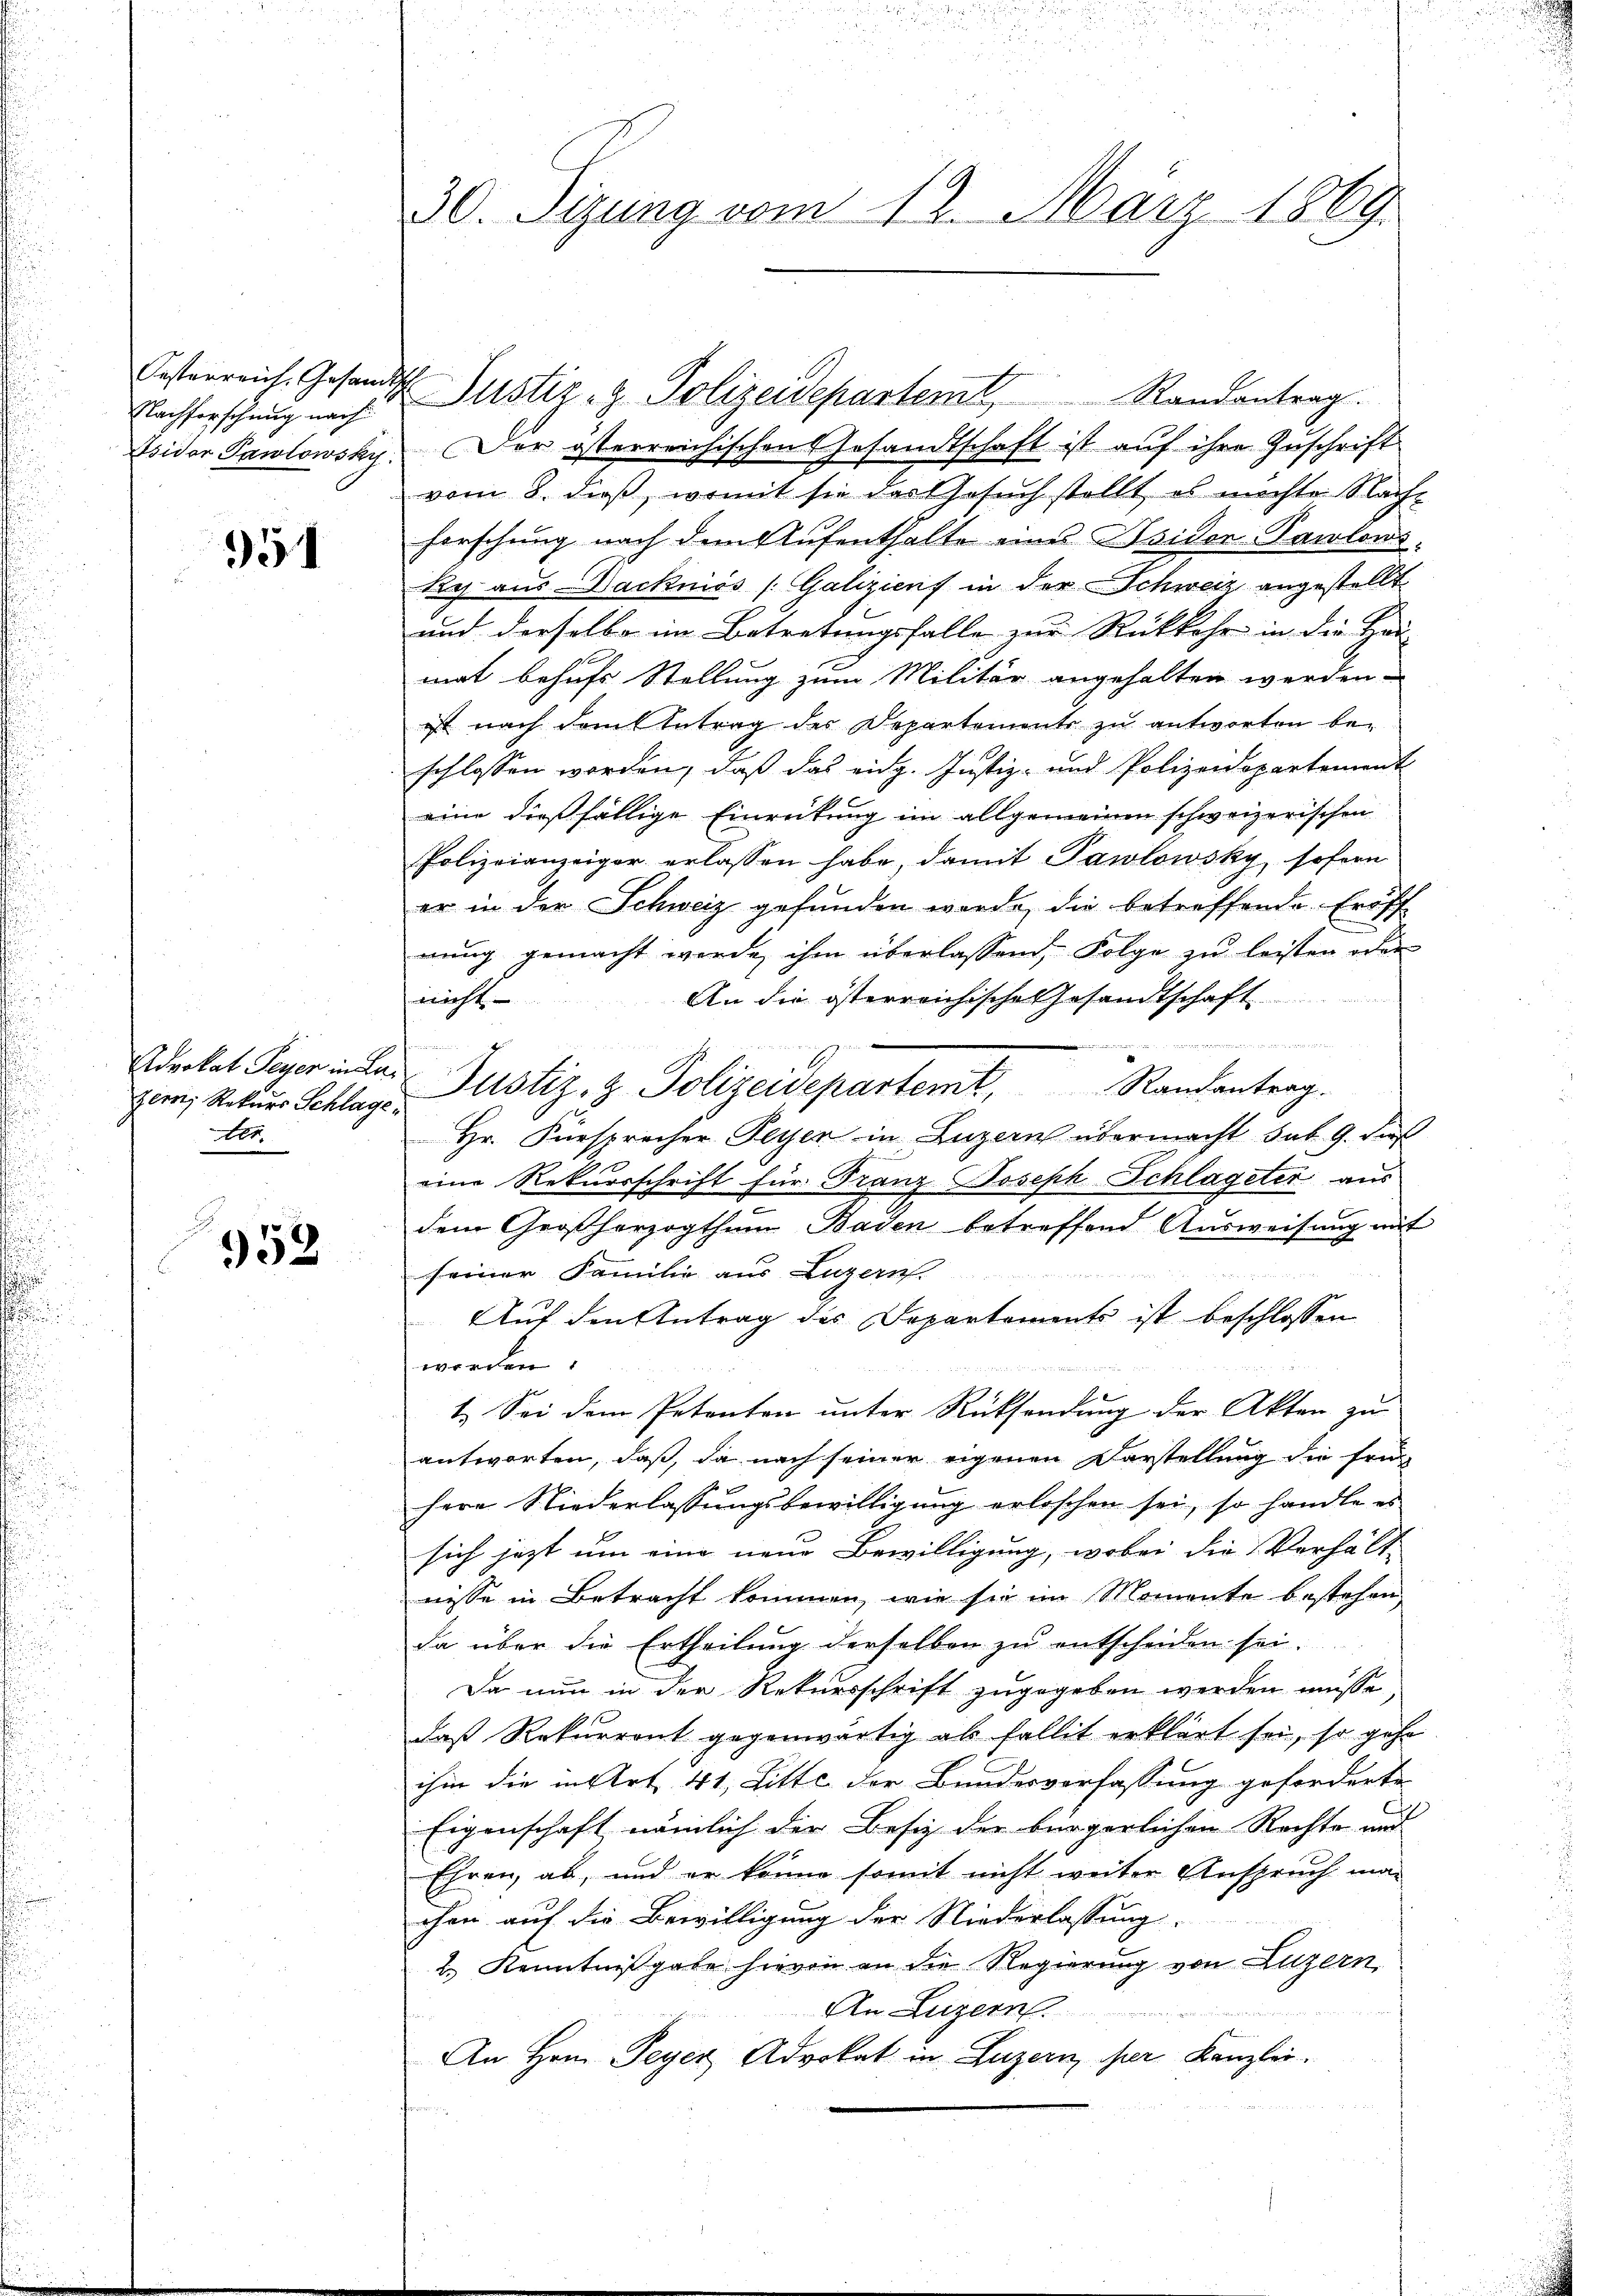
Festerreich, Gesandt
Nachforschung nach

951

zern, Rekurs Schlage
A.

952

30. Sizung vom 12. März 1869.

Asidor Pawlowsky. Der österreichischen Gesandtschaft ist aŭf ihre Zuschrift
vom 8. dieß, womit sie der Gesuch stellt es möchte Nach-
herschung nach dem Aufenthalte eines Isidor Parlons-
Res aus Dackniös (Galiziens in der Schweiz angestellt.
und derselbe im Betretungsfalle zur Rückkehr in die Hau
mat behufs Stellung zum Militär angehalten werden.
ist nach damit Antrag des Departements zu antworten be-
schlossen worden, daß das eidg. Justiz- und Polizeidepartement
eine dießfällige Einreitung im allgemeinen schweizerischen
Polizeianzeiger erlassen habe, damit Pawlowsky, sofern
er in der Schweiz gefunden werde, die betreffende Eröff-
nung gemacht werde, ihm überlassend, Folge zu leisten oder
An die österreichische Gesandtschaft
nicht

meinen eine
1
A
Advokat Peyer in der Justiz- & Polizeidepartemt, Randantrag.
Hr. Fürsprecher Peyer in Luzern übermacht sub 9. dies
n
eine Rekursschrift für Franz Joseph Schlageter aus
dem Großherzogthum Baden betreffend Ausweisung mit
seiner Familie aus Luzern
Auf den Antrag des Departements ist beschlossen
worden.
1. Sei dem Petenten unter Rücksendung der Akten zu
antworten, daß, da nach seiner eigenen Darstellung die früh
herr Niederlassungsbewilligung erloschen sei, so handle es
sich jetzt um eine neue Bewilligung, wobei die Verhält-
nisse in Betracht kommen, wie sie im Momente bestehen,
da über die Ertheilung derselben zu entscheiden sei.
Da nun in der Rekursschrift zugegeben werden müsse
daß Rekurrent gegenwärtig als fallit erklärt sei, so gehe
ihm die in Art. 41, Litte der Bundesverfassung geforderte
Eigenschaft nämlich der Besiz der bürgerlichen Rechte und
Ehren, ab, und er könne somit nicht weiter Anspruch ma-
chen auf die Bewilligung der Niederlassung.
2.) Kenntnißgabe hievon an die Regierung von Luzern,
An Luzern.
n
An Hrn. Peyer Advokat in Luzern her Kanzlei.

Justiz- & Polizeidepartemt Randantrag.

g
d
u